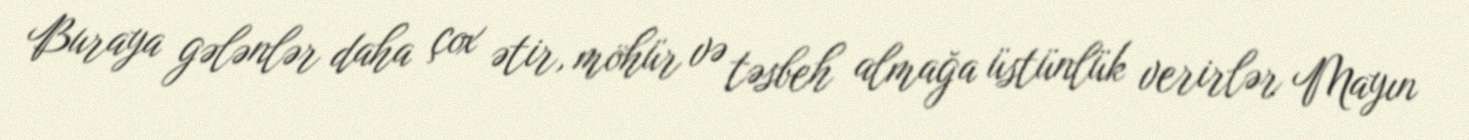
Buraya gələnlər daha çox ətir, möhür və təsbeh almağa üstünlük verirlər Mayın